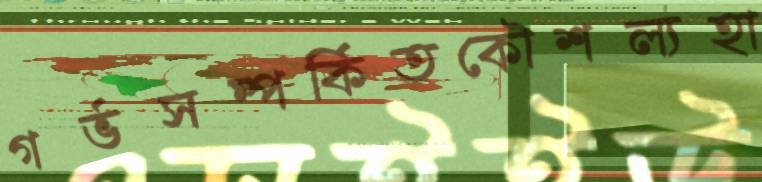
গর্ভসম্পর্কিতকৌশল্যহা